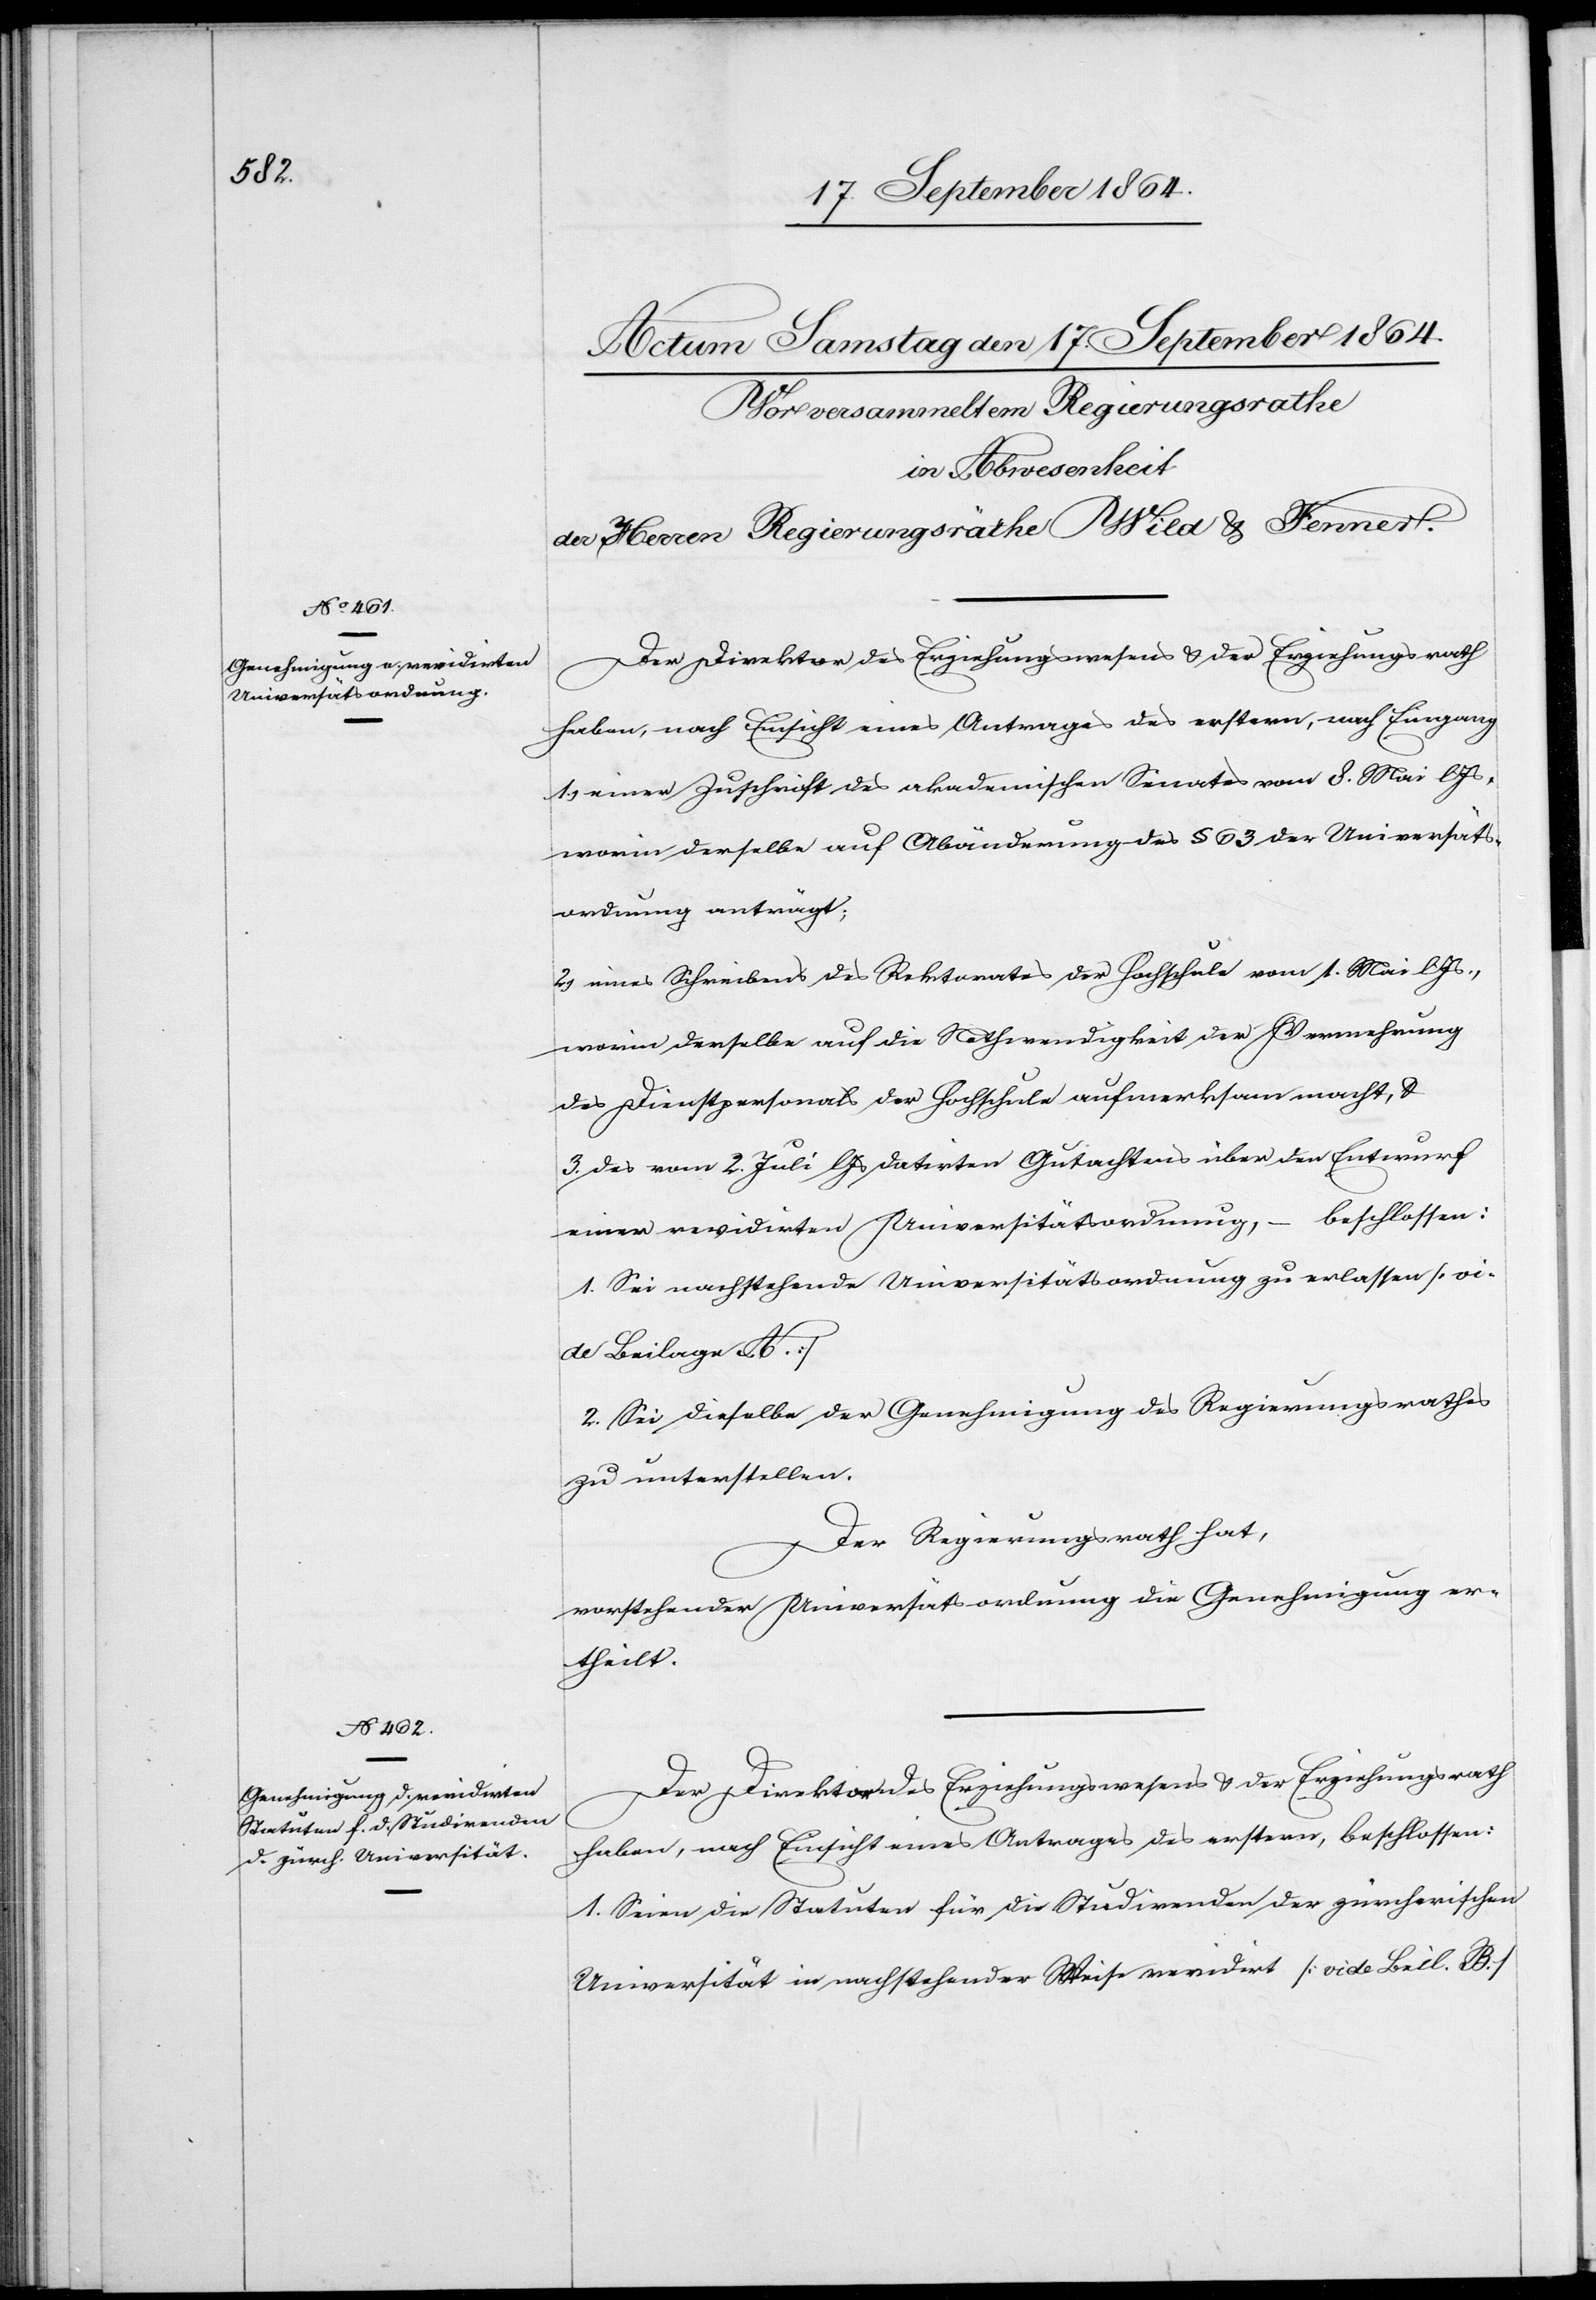
Der Direktor des Erziehungswesens & der Erziehungsrath
haben, nach Einsicht eines Antrages des erstern, nach Eingang
1.) einer Zuschrift des akademischen Senates vom 8. Mai l.
worin derselbe auf Abänderung des § 63 der Universitäts¬
ordnung anträgt;
2.) eines Schreibens des Rektorates der Hochschule vom 1. Mai l. Js.,
worin derselbe [sic!] auf die Nothwendigkeit der Vernehmung
des Dienstpersonals der Hochschule aufmerksam macht, &
3.) des vom 2. Juli l. Js datirten Gutachtens über den Entwurf
einer revidirten Universitätsordnung, – beschlossen:
1. Sei nachstehende Universitätsordnung zu erlassen [vid¬
e Beilage A.]
2. Sei dieselbe der Genehmigung des Regierungsrathes
zu unterstellen.
Der Regierungsrath hat,
vorstehender Universitätsordnung die Genehmigung er¬
theilt.
Der Direktor des Erziehungswesens & der Erziehungsrath
haben, nach Einsicht eines Antrages des erstern, beschlossen:
1. Seien die Statuten für die Studirenden der zürcherischen
Universität in nachstehender Weise revidirt [vide Beil. B.]